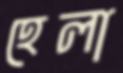
হেলা